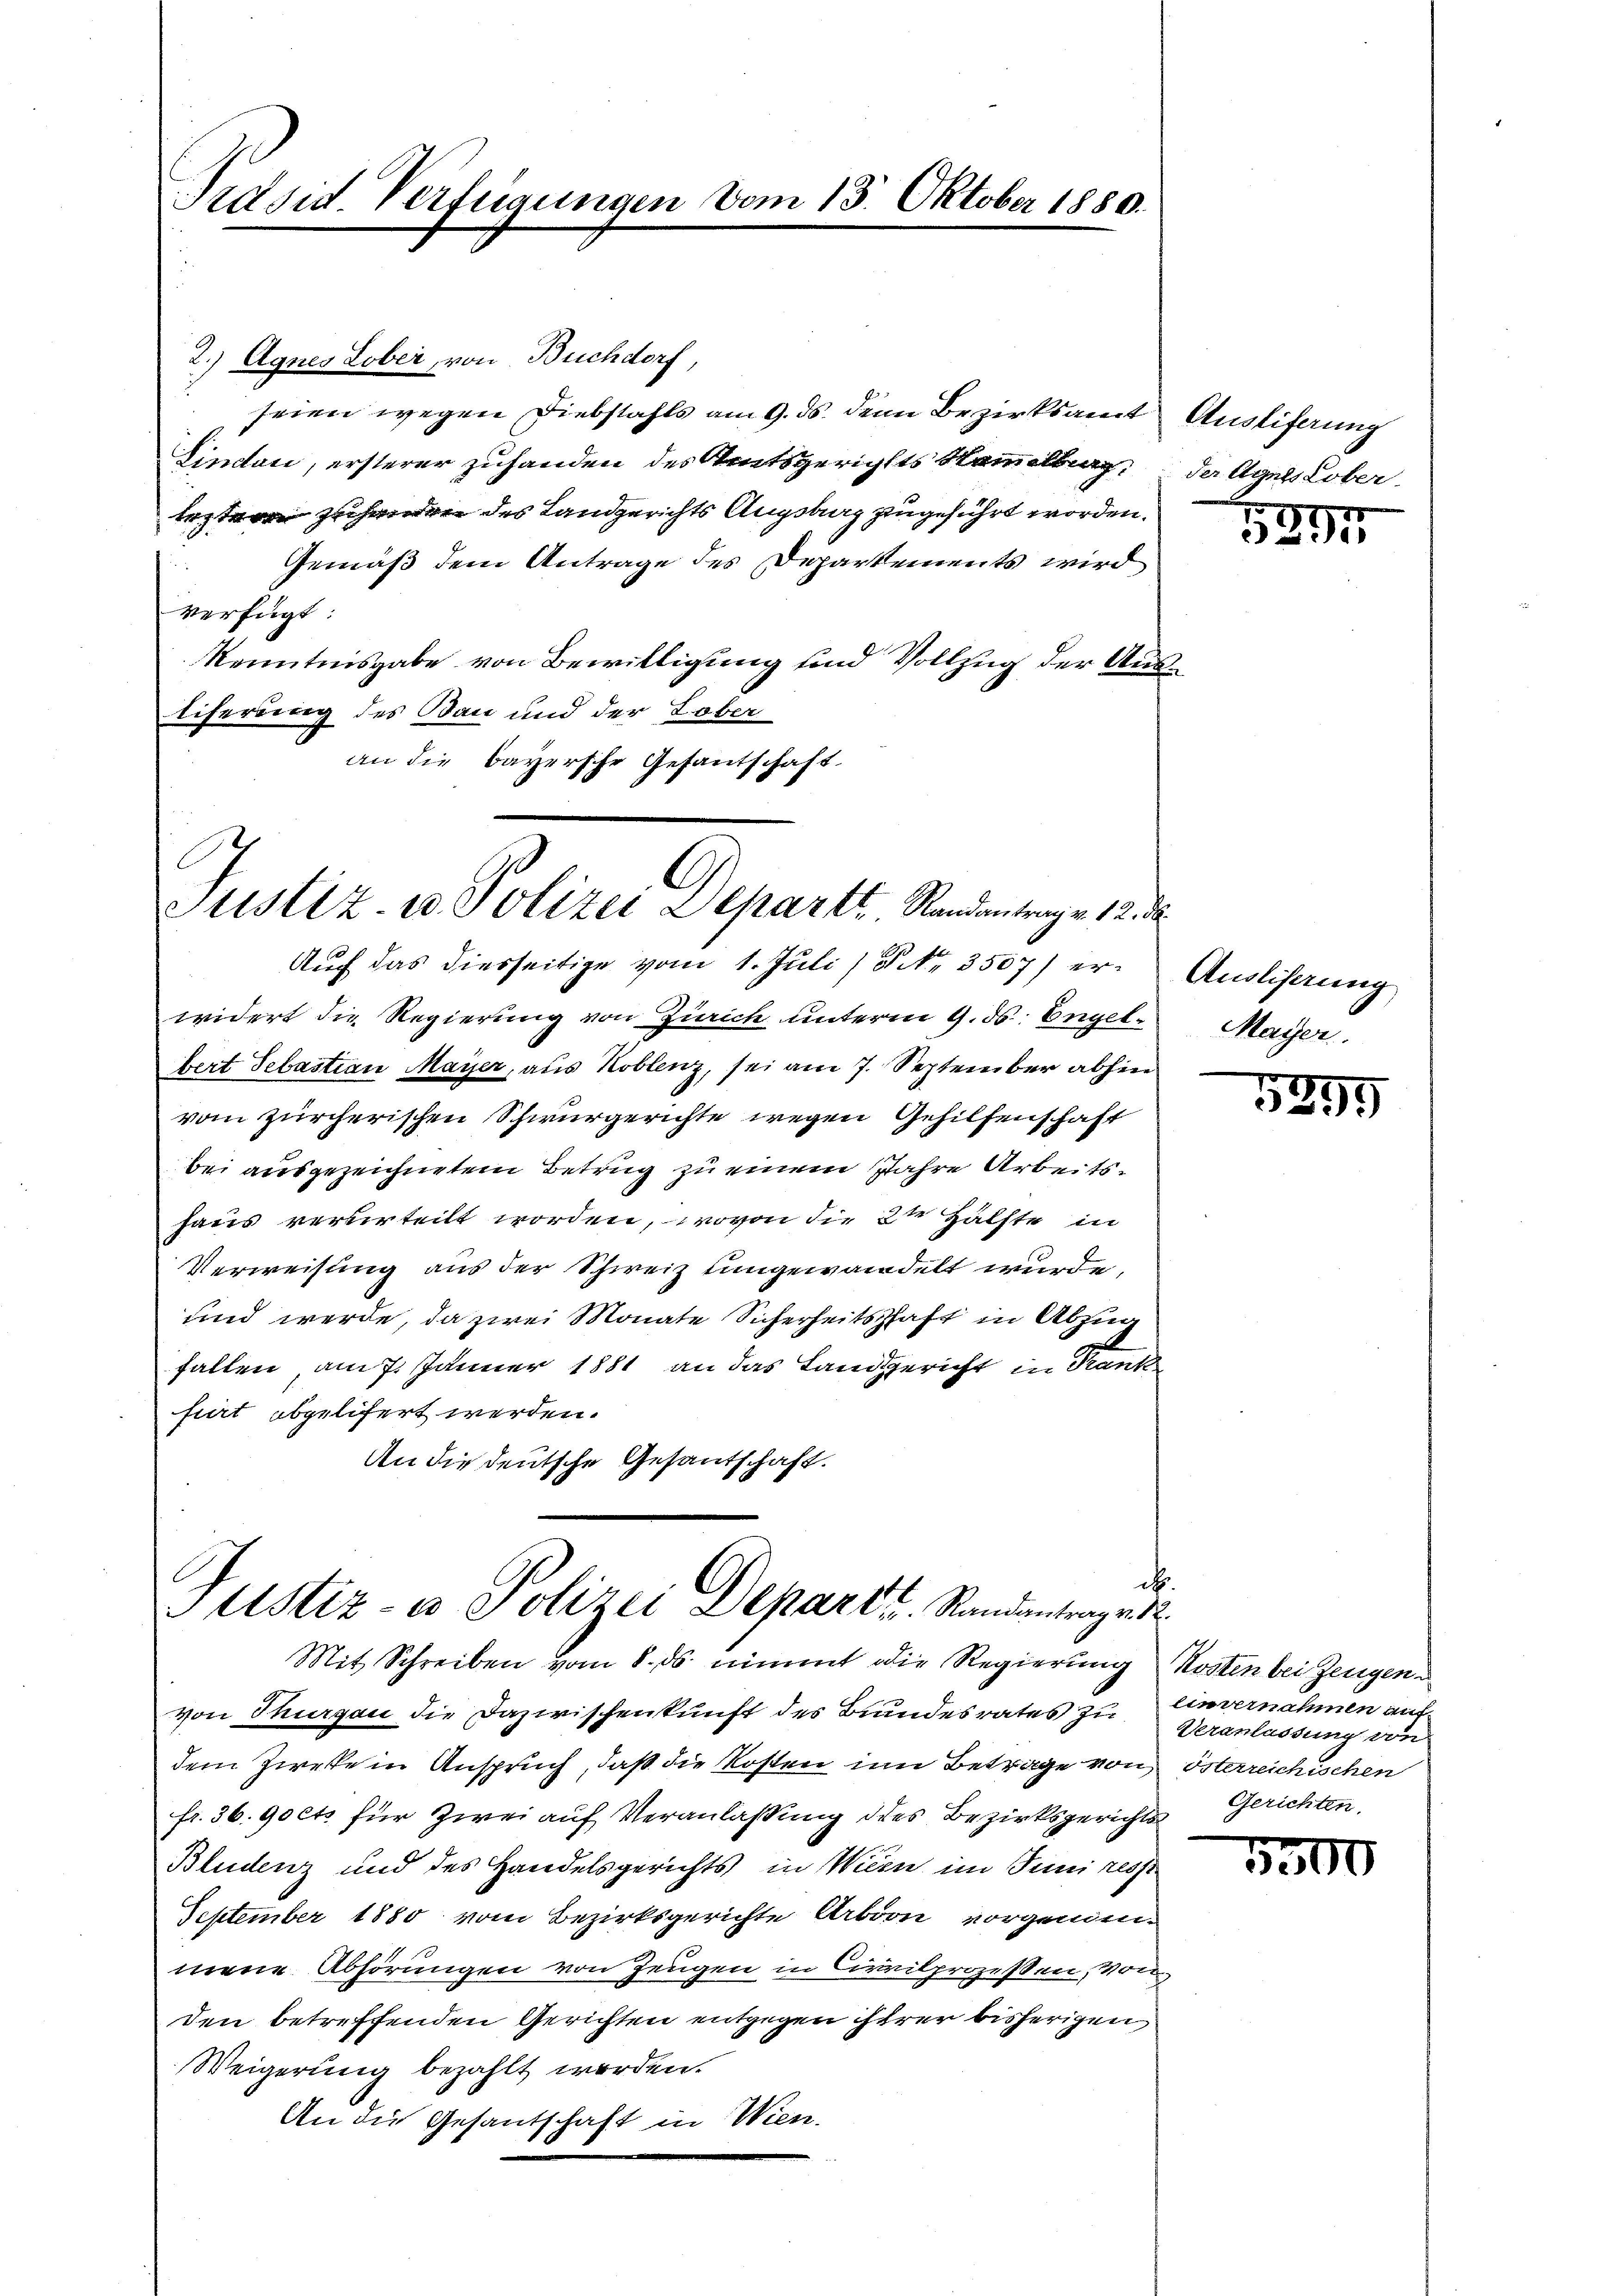
Präsid. Verfügungen vom 15. Oktober 1880.

2.) Agnes Lober, von Buchdorf,
seien wegen Diebstahls am 9. ds. den Bezirksamt Ausliferung
Lindon, ersterer zuhanden des Amtsgerichts Kammelbrag; da Agnes Cober.
lesten zuhandern des Landgerichts Augsburg zugeführt worden.
Gemäß dem Antrage des Departements wird
verfügt:
Kenntnisgabe von Bewilligung und Vollzug der Austiferung des Bau und der Lober
an die bayersche Gesantschaft.

Justiz, wo Polizei Departt. Standentrage 1. d.

widert die Regierung von Zürich unterm 9. ds. Engelbert Sebastian Mayer, aus Koblenz, sei am 7. September abhin
vom zürcherischen Schwurgerichte wegen Gehilfenschaft
bei ausgezeichnetem Betrug zu einem Jahre Arbeitshaus verurteilt worden, wovon die in Hälfte in
Verweisung aus der Schweiz umgewandelt wurde,
und werde, da zwei Monate Sicherheitschaft in Abzug
fallen am 7. Jänner 1881 an das Landgericht in Trank
furt abgelifert werden.
An die deutsche Gesandschaft.

ch
Justiz- u Polizei Depart u. Randantrage

Aŭf das diesseitige vom 1. Juli 18. No. 3507) er- Auslisirung

Mit Schreiben vom 8. ds nimmt die Regierung Kosten bei Zeugend
von Thurgau die Dazwischenkunft des Bundesrates zu einvernahmen auf
dem Zirke in Anspruch, daß die Kosten im Betrage von Österreichischen
fr. 36. 90 cts. für Zwei auf Veranlaßung des Bezirksgerichts Gerichten.
Bludenz und des Handelsgerichts in Wien im Juni resst
September 1880 vom Bezirksgerichte Arbion vorgenien-
mene Abhörungen von Zeugen in Civilprozessen, von
den betreffenden Gerichten entgegen ihrer bisherigen
Weigerung bezahlt worden.
An die Gesantschaft in Wien.

I.
3295

Mayer.

5855

Veranlassung von

5300